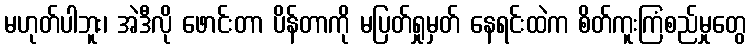
မဟုတ်ပါဘူး၊ အဲဒီလို ဖောင်းတာ ပိန်တာကို မပြတ်ရှုမှတ် နေရင်းထဲက စိတ်ကူးကြံစည်မှုတွေ